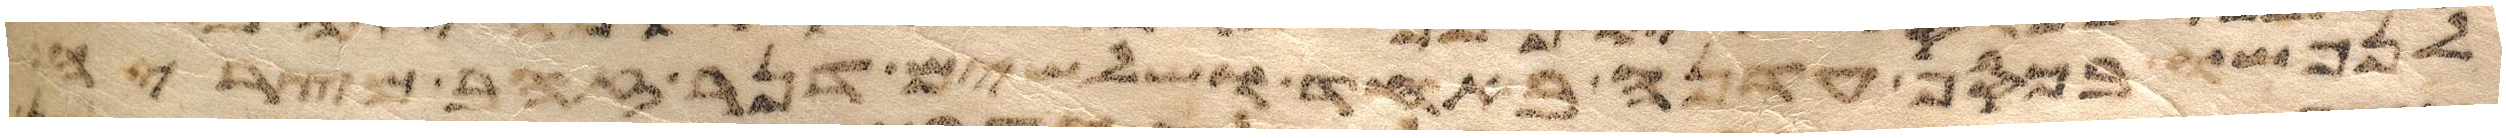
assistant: מנורה מצדה האחד ושלשה קני מנורה מצדה